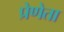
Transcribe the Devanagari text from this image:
प्रेणेता